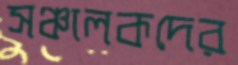
সঞ্চালকদের